Annual report on the working of the Harcourt Butler Institute of Public Health, Rangoon
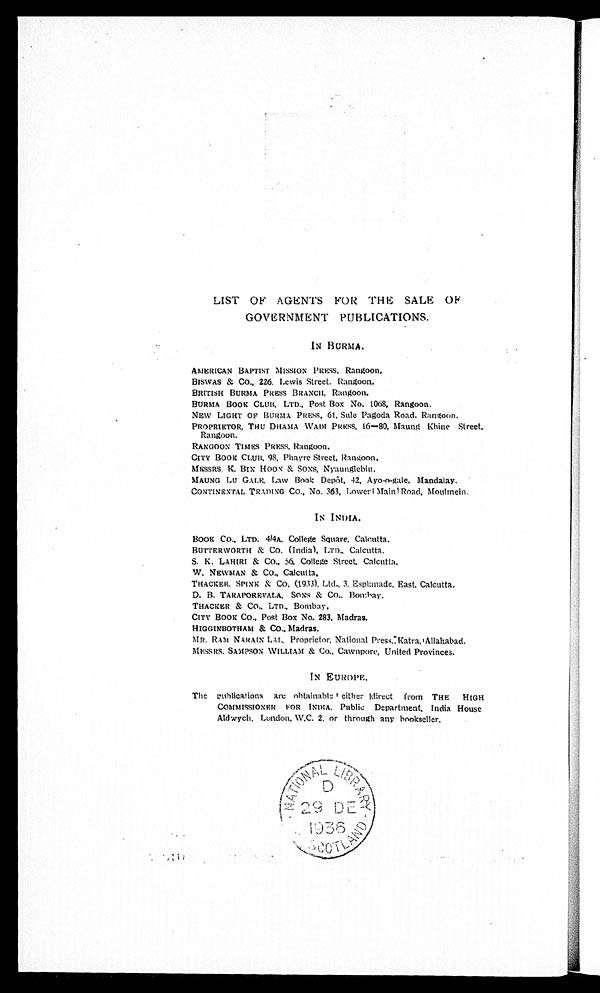
LIST OF AGENTS FOR THE SALE OF
GOVERNMENT PUBLICATIONS.
IN BURMA.
AMERICAN BAPTIST MISSION PRESS, Rangoon.
BISWAS & CO., 226. Lewis Street. Rangoon
.
BRITISH BURMA PRESS BRANCH, Rangoon.
BURMA BOOK CLUB, LTD., Post Box No. 1068, Rangoon.
NEW LIGHT OF BURMA PRESS, 61. Sule Pagoda Road, Rangoon
.
PROPRIETOR, THU DHAMA WADI PRESS, 16–80, Maung Khine Street,
Rangoon.
RANGOON TIMES PRESS, Rangoon.
CITY BOOK CLUB, 98, Phayre Street, Rangoon.
MESSRS. K. BI N HOON & SONS, Nyaungl ebi n.
MAUNG LU GALE Law Book Depôt, 42, Ayo-o-gale, Mandalay.
CONTINENTAL TRADING Co., No. 363, Lower! Main! Road, Moulmein.
IN INDIA.
BOOK CO., LTD. 4/4A, College Square, Calcutta.
BUTTERWORTH & Co. (India), LTD., Calcutta.
S. K. LAHIRI & Co., 56, College Street, Calcutta.
W. NEWMAN & CO., Calcutta.
THACICER, SPINK & Co, (1933), Ltd., 3, Esplanade, East. Calcutta.
D. B. TARAPOREVALA, SONS & Co., Bombay.
THACKER & CO., LTD., Bombay.
CITY BOOK Co., Post Box No. 283, Madras.
HIGGINBOTHAM & CO., Madras.
MR. RAM NARAIN LAL, Proprietor, National Press, Katra, Allahabad.
MESSRS. SAMPSON WILLIAM & Co., Cawnpore, United Provinces.
IN EUROPE.
The publications are obtainable either direct from THE HIGH
COMMISSIONER FOR INDIA. Public Department, India House
Aldwych, London, W.C. 2, or through any bookseller.